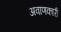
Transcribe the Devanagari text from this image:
अवाणकारी